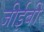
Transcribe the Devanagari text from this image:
जीईबी